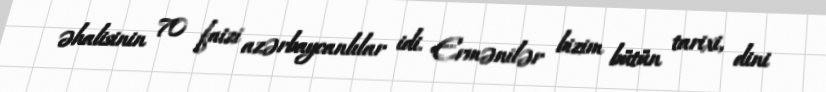
əhalisinin 70 faizi azərbaycanlılar idi. Ermənilər bizim bütün tarixi, dini